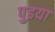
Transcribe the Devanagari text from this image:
पुइया